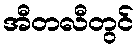
အီတလီတွင်